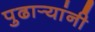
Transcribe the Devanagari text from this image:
पुढार्‍यांनी